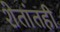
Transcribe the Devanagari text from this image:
शेतांतही